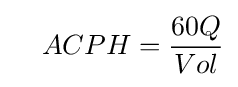
\quad ACPH={\frac {60Q}{Vol}}